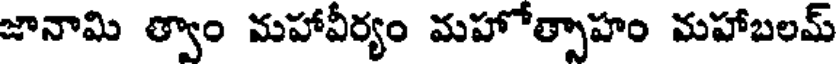
జానామి త్వాం మహావీర్యం మహోత్పాహం మహాబలమ్